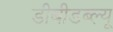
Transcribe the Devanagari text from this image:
डीबीडब्ल्यू